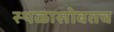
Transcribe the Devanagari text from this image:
स्थळासोबतच